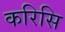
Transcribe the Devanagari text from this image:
करिसि